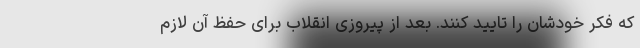
که فکر خودشان را تایید کنند. بعد از پیروزی انقلاب برای حفظ آن لازم